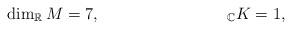
LaTeX: \begin{align*}&\dim_\mathbb{R}M=7,&_\mathbb{C}K=1,\end{align*}